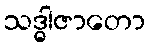
သဒ္ဓါဇာတော